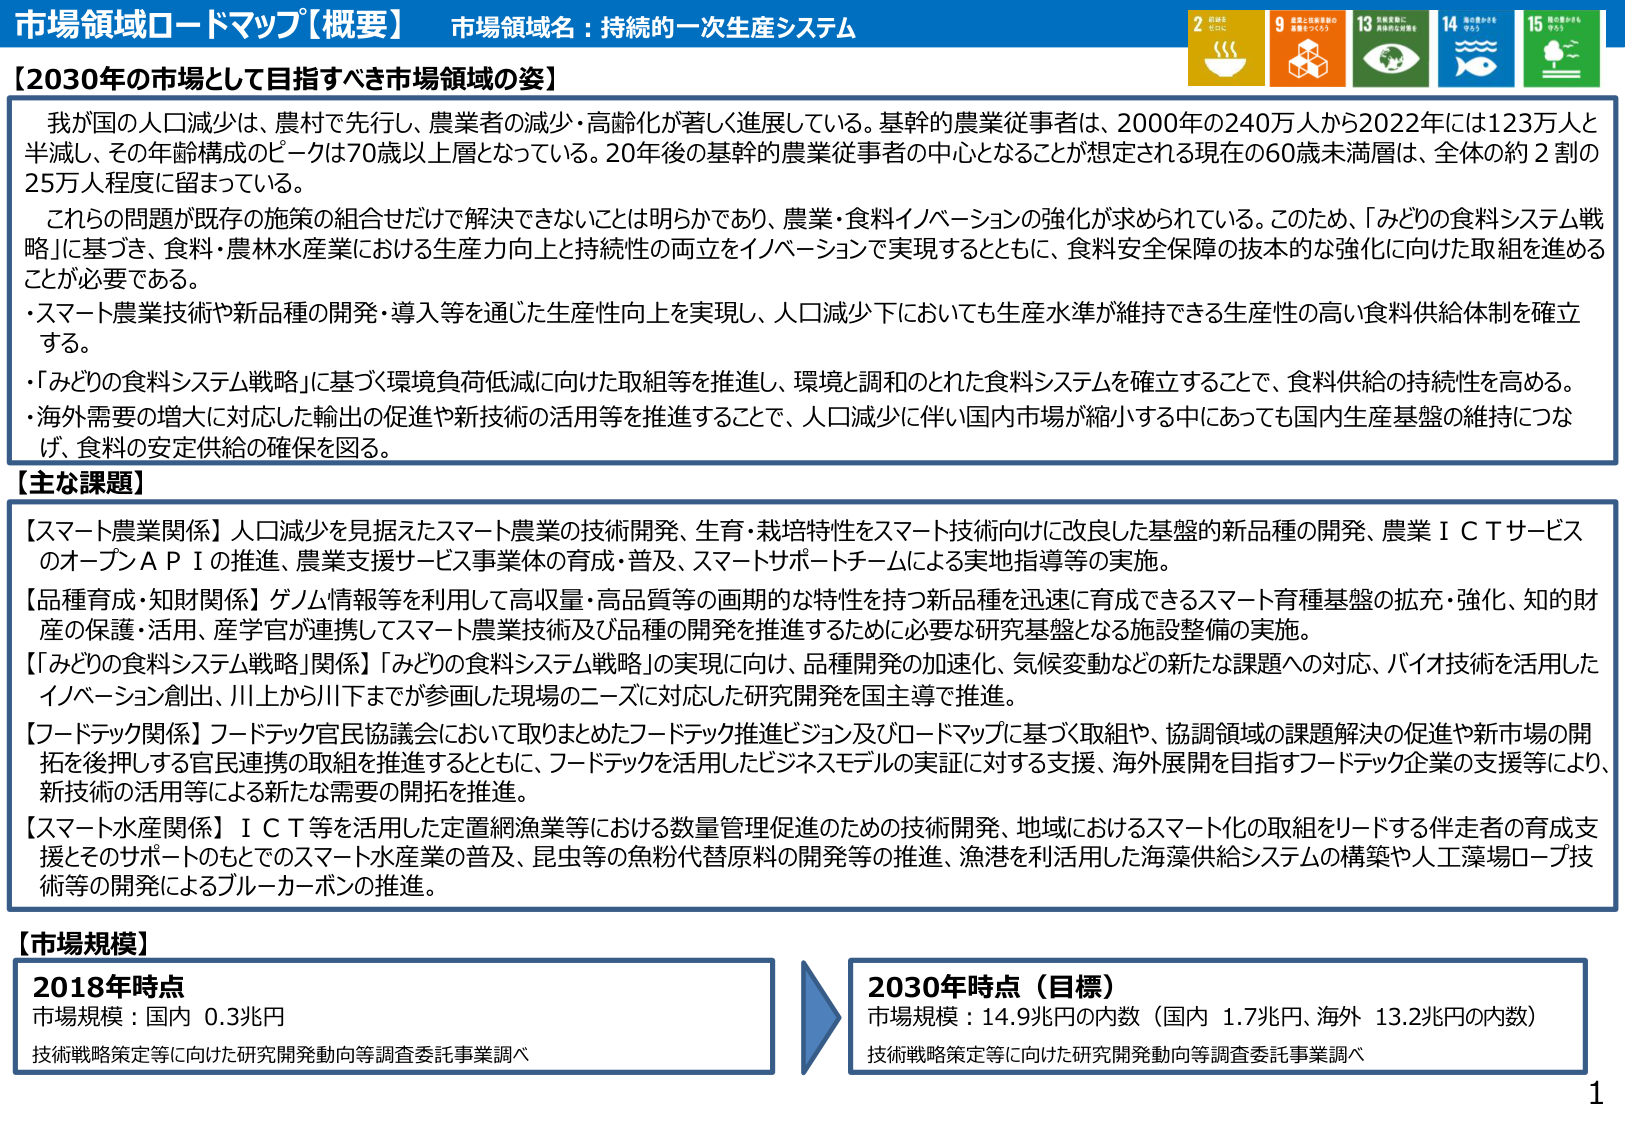
市場領域ロードマップ【概要】 市場領域名：持続的⼀次⽣産システム

【2030年の市場として⽬指すべき市場領域の姿】
我が国の⼈⼝減少は、農村で先⾏し、農業者の減少・⾼齢化が著しく進展している。基幹的農業従事者は、2000年の240万⼈から2022年には123万⼈と半減し、その年齢構成のピークは70歳以上層となっている。20年後の基幹的農業従事者の中⼼となることが想定される現在の60歳未満層は、全体の約2割の25万⼈程度に留まっている。
これらの問題が既存の施策の組合せだけで解決できないことは明らかであり、農業・⾷料イノベーションの強化が求められている。このため、「みどりの⾷料システム戦略」に基づき、⾷料・農林⽔産業における⽣産⼒向上と持続性の両⽴をイノベーションで実現するとともに、⾷料安全保障の抜本的な強化に向けた取組を進めることが必要である。
・スマート農業技術や新品种の開発・導⼊等を通じた⽣産性向上を実現し、⼈⼝減少下においても⽣産⽔準が維持できる⽣産性の⾼い⾷料供給体制を確⽴する。
・「みどりの⾷料システム戦略」に基づく環境負荷低減に向けた取組等を推進し、環境と調和のとれた⾷料システムを確⽴することで、⾷料供給の持続性を⾼める。
・海外需要の増⼤に対応した輸出の促進や新技術の活⽤等を推進することで、⼈⼝減少に伴い国内市場が縮⼩する中においても国内⽣産基盤の維持につなげ、⾷料の安定供給の確保を図る。

【主な課題】
【スマート農業関係】⼈⼝減少を⾒据えたスマート農業の技術開発、⽣育・栽培特性をスマート技術向けに改良した基盤的新品种の開発、農業ＩＣＴサービスのオープンＡＰＩの推進、農業⽀援サービス事業体の育成・普及、スマートサポートチームによる実地指導等の実施。
【品种育成・知財関係】ゲノム情報等を利⽤して⾼収量・⾼品質等の画期的な特性を持つ新品种を迅速に育成できるスマート育種基盤の拡充・強化、知的財産の保護・活⽤、産学官が連携してスマート農業技術及び品种の開発を推進するために必要な研究基盤となる施設整備の実施。
【「みどりの⾷料システム戦略」関係】「みどりの⾷料システム戦略」の実現に向け、品种開発の加速化、気候変動などの新たな課題への対応、バイオ技術を活⽤したイノベーション創出、川上から川下までが参画した現場のニーズに対応した研究開発を国主導で推進。
【フードテック関係】フードテック官⺠協議会において取りまとめたフードテック推進ビジョン及びロードマップに基づく取組や、協調領域の課題解決の促進や新市場の開拓を後押しする官⺠連携の取組を推進するとともに、フードテックを活⽤したビジネスモデルの実証に対する⽀援、海外展開を⽬指すフードテック企業の⽀援等により、新技術の活⽤等による新たな需要の開拓を推進。
【スマート⽔産関係】ＩＣＴ等を活⽤した定置網漁業等における数量管理促進のための技術開発、地域におけるスマート化の取組をリードする伴⾛者の育成⽀援とそのサポートのもとでのスマート⽔産業の普及、昆虫等の⿂粉代替原料の開発等の推進、漁港を利活⽤した海藻供給システムの構築や⼈⼯藻場ロープ技術等の開発によるブルーカーボンの推進。

【市場規模】
2018年時点
市場規模：国内 0.3兆円
技術戦略策定等に向けた研究開発動向等調査委託事業調べ

2030年時点（⽬標）
市場規模：14.9兆円の内数（国内 1.7兆円、海外 13.2兆円の内数）
技術戦略策定等に向けた研究開発動向等調査委託事業調べ

1